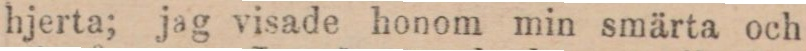
hjerta; jag visade honom min smärta och